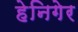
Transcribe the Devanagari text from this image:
हेनिगेर